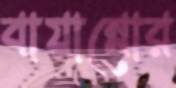
বায়ান্নোর